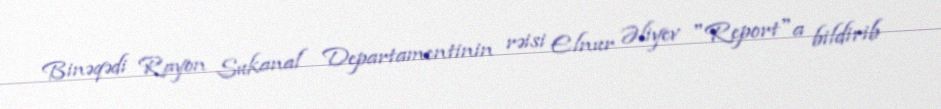
Binəqədi Rayon Sukanal Departamentinin rəisi Elnur Əliyev "Report"a bildirib